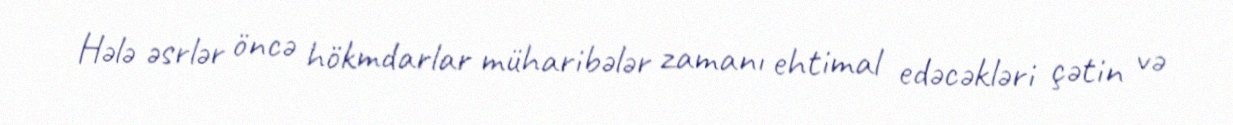
Hələ əsrlər öncə hökmdarlar müharibələr zamanı ehtimal edəcəkləri çətin və